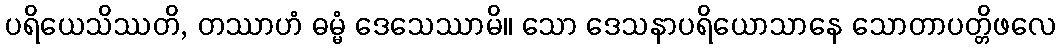
ပရိယေသိဿတိ, တဿာဟံ ဓမ္မံ ဒေသေဿာမိ။ သော ဒေသနာပရိယောသာနေ သောတာပတ္တိဖလေ